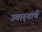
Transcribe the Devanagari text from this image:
उतार्‍यांचे